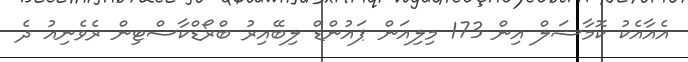
އެއާއެކު ކޮމާޝަލް އިން 173 މިލިއަން ޕައުންޑް ލިބޭއިރު ބްރޯޑްކާސްޓިން ރެވެނިއު ދެ